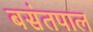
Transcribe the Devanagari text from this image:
बसंतपाल